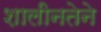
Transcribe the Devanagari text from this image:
शालीनतेने